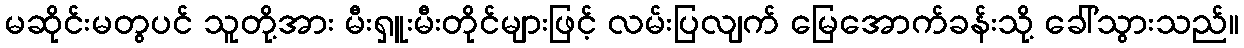
မဆိုင်းမတွပင် သူတို့အား မီးရှူးမီးတိုင်များဖြင့် လမ်းပြလျက် မြေအောက်ခန်းသို့ ခေါ်သွားသည်။